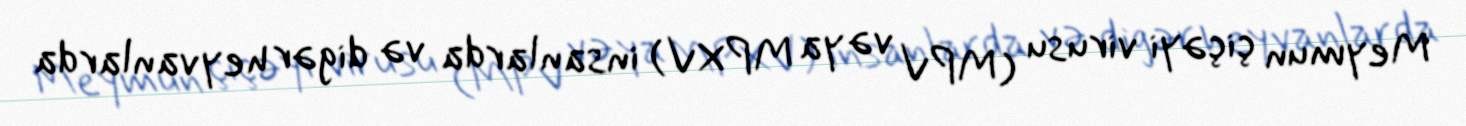
Meymun çiçəyi virusu (MPV və ya MPXV) insanlarda və digər heyvanlarda